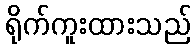
ရိုက်ကူးထားသည်